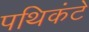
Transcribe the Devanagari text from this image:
पथिकंटे